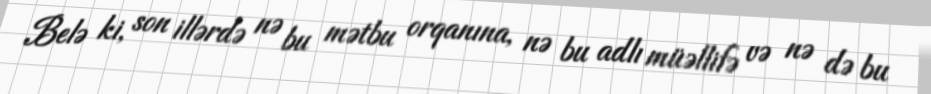
Belə ki, son illərdə nə bu mətbu orqanına, nə bu adlı müəllifə və nə də bu